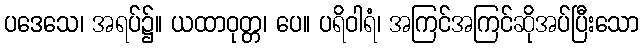
ပဒေသေ၊ အရပ်၌။ ယထာဝုတ္တ၊ ပေ။ ပရိဝါရံ၊ အကြင်အကြင်ဆိုအပ်ပြီးသော